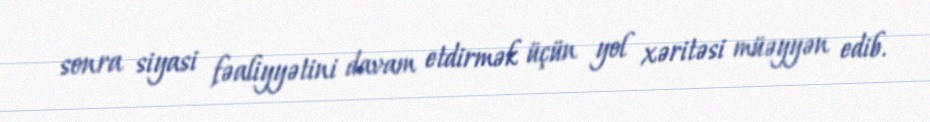
sonra siyasi fəaliyyətini davam etdirmək üçün yol xəritəsi müəyyən edib.